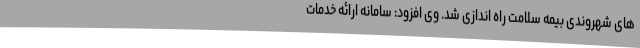
های شهروندی بیمه سلامت راه اندازی شد. وی افزود: سامانه ارائه خدمات